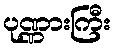
ပုဏ္ဏားကြီး